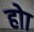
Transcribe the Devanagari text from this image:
होा